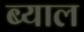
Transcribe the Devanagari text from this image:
ब्‍याल